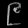
Digit: ၉